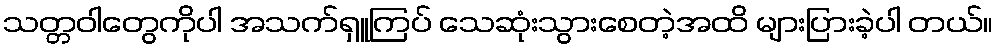
သတ္တဝါတွေကိုပါ အသက်ရှူကြပ် သေဆုံးသွားစေတဲ့အထိ များပြားခဲ့ပါ တယ်။